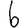
Digit: 6